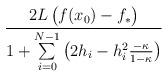
LaTeX: \begin{align*} \frac{2L\,\big(f(x_0)-f_*\big)}{1 + \sum\limits_{i=0}^{N-1} \left(2 h_i - h_i^2 \frac{-\kappa}{ 1-\kappa} \right)}\end{align*}